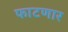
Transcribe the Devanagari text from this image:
फाटणार